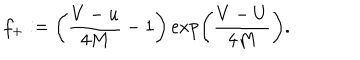
f _ { + } : = \left( \frac { V - u } { 4 M } - 1 \right) \exp \left( \frac { V - U } { 4 M } \right) .